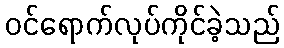
ဝင်ရောက်လုပ်ကိုင်ခဲ့သည်